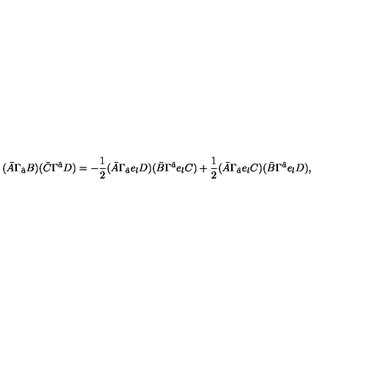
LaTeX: ( \bar { A } \Gamma _ { \hat { a } } B ) ( \bar { C } \Gamma ^ { \hat { a } } D ) = - \frac { 1 } { 2 } ( \bar { A } \Gamma _ { \hat { a } } e _ { l } D ) ( \bar { B } \Gamma ^ { \hat { a } } e _ { l } C ) + \frac { 1 } { 2 } ( \bar { A } \Gamma _ { \hat { a } } e _ { l } C ) ( \bar { B } \Gamma ^ { \hat { a } } e _ { l } D ) ,